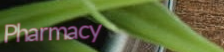
Pharmacy